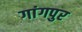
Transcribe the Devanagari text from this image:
गांगपुर